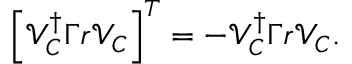
\begin{array} { r } { \left[ \mathcal { V } _ { C } ^ { \dagger } \Gamma r \mathcal { V } _ { C } \right] ^ { T } = - \mathcal { V } _ { C } ^ { \dagger } \Gamma r \mathcal { V } _ { C } . } \end{array}